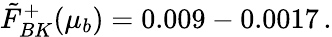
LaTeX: \tilde{F}_{BK}^{+}(\mu_{b})=0.009-0.0017\, .